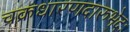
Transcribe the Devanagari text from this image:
चक्रधारणदारुभेदः